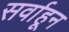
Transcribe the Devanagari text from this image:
सर्वाहून